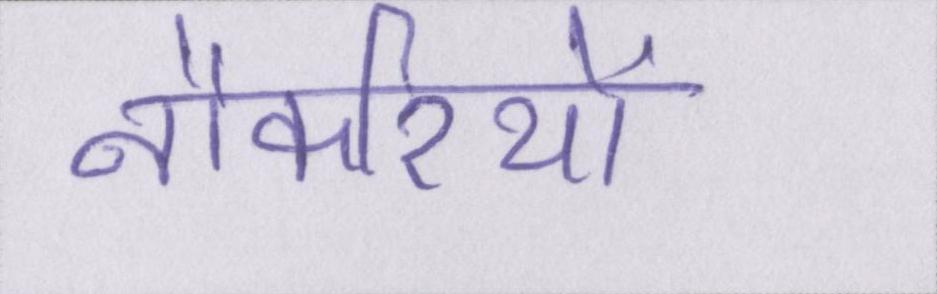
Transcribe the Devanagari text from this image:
नौकरियों